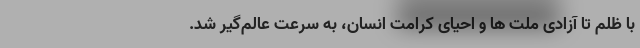
با ظلم تا آزادی ملت ها و احیای کرامت انسان، به سرعت عالم‌گیر شد.